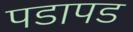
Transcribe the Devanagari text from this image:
पडापड